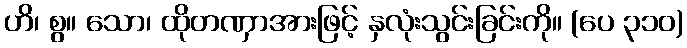
ဟိ၊ စွ။ သော၊ ထိုတဏှာအားဖြင့် နှလုံးသွင်းခြင်းကို။ (ပေ ၃၁၀)